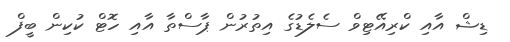
ޑިޝް އާއި ކްރިއޭޓިވް ސެލެޑުގެ އިތުރުން ޕާސްތާ އާއި ހޮޓް ކުކިން ބީފް